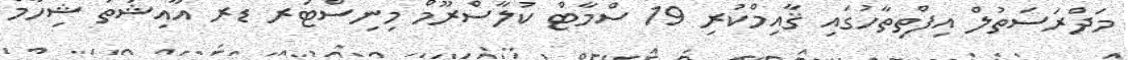
މަދްރަސަތުލް އިފްތިތާހުގައި ޤާއިމްކުރި 19 ސްމާޓް ކުލާސްރޫމް މިނިސްޓަރ ޑރ އާއިޝަތު ޝިހާމް